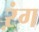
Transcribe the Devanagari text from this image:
ऱंग